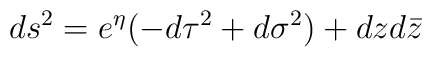
ds^2=e^{\eta}(-d\tau^2+d\sigma^2)+dzd\bar{z}